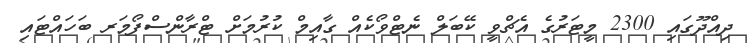
ދިއްދޫގައި 2300 މީޓަރުގެ އެޗްްވީ ކޭބަލް ނެޓްވޯކެއް ގާއިމް ކުރުމަށް ޓްރާންސްފޯމަރ ބަހައްޓައި